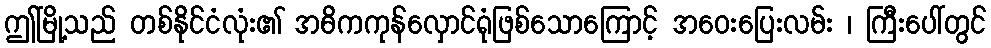
ဤမြို့သည် တစ်နိုင်ငံလုံး၏ အဓိကကုန်လှောင်ရုံဖြစ်သောကြောင့် အဝေးပြေးလမ်း ၊ ကြီးပေါ်တွင်